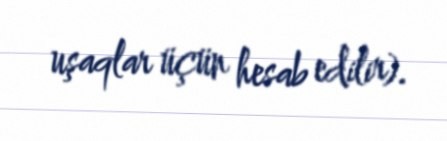
uşaqlar üçün hesab edilir).